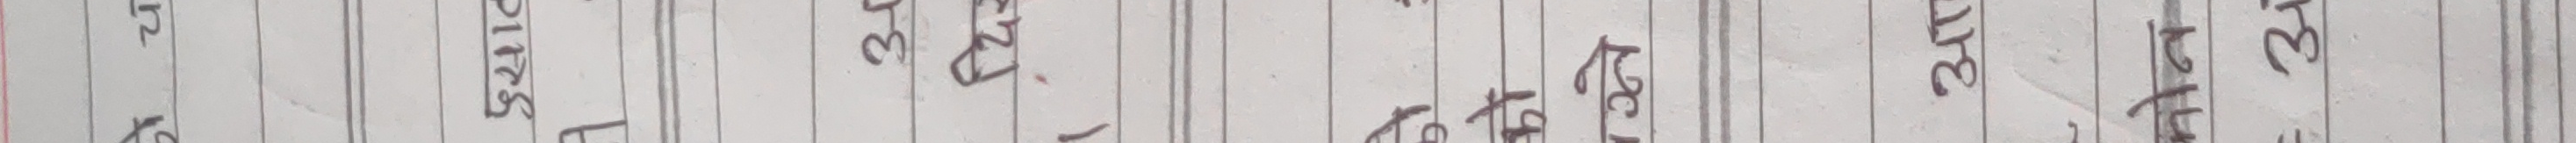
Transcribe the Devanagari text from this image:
१९ ध२ ८ प११२८
३प१४९६३५
३२५५३४१७
१४६४३४१५
३२१४२१४४
२५८७९८१७
३३२६४५५५
३५४६७७२४
३२१९३२४४
४२११९१७६